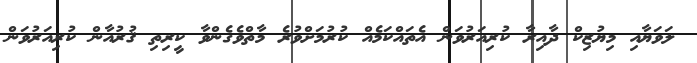
ލަވަޔާއި މިޔުޒިކް ދާއިރާ ކުރިއަރުވަން އެތައްކަމެއް ކުރުމަށްވުރެ މާތްވެގެންވާ ކީރިތި ޤުރުއާން ކުރިއަރުވަން